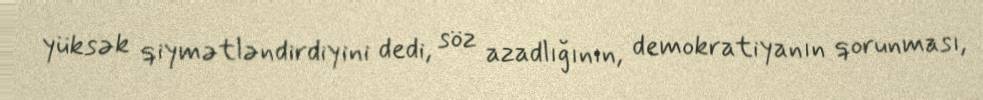
yüksək qiymətləndirdiyini dedi, söz azadlığının, demokratiyanın qorunması,